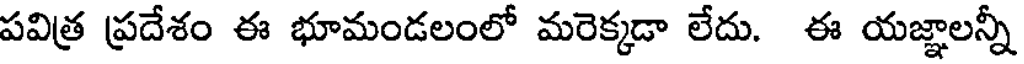
పవిత్ర ప్రదేశం ఈ భూమండలంలో మరెక్కడా లేదు. ఈ యజ్ఞాలన్నీ